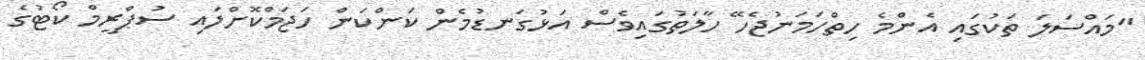
"މައްސަލަ ތަކުގައި އެންމެ ހިތްހަމަނުޖެހޭ ހާލަތުގައިވެސް އަޅުގަނޑުމެން ކަންކަން ހަޖަމްކޮށްލައި ސުޕްރީމް ކޯޓުގެ